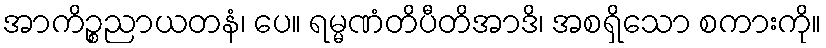
အာကိဉ္စညာယတနံ၊ ပေ။ ရမ္မဏံတိပီတိအာဒိ၊ အစရှိသော စကားကို။